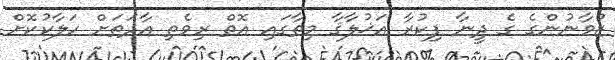
ޒުވާނުންގެ ގެ ދީނާ ފިކުރާ އަޚުލާޤާ މިތާގައި އޮތް ރިވެތި އާދަތަށް ހަލާކުކޮށް